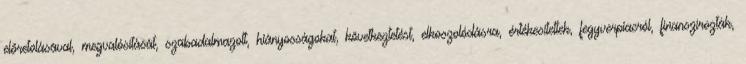
előretolásával, megvalósítását, szabadalmazott, hiányosságokat, következtetést, elkoszolódásra, értékesítettek, fegyverpiacról, finanszírozták,